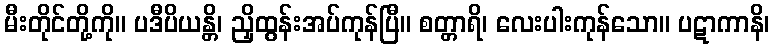
မီးတိုင်တို့ကို။ ပဒီပိယန္တိ၊ ညှိထွန်းအပ်ကုန်ပြီ။ စတ္တာရိ၊ လေးပါးကုန်သော။ ပဋာကာနိ၊